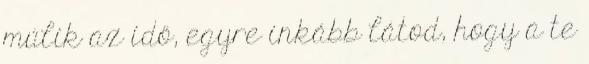
múlik az idő, egyre inkább látod, hogy a te